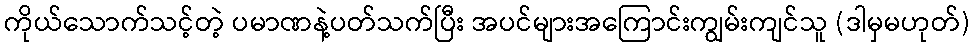
ကိုယ်သောက်သင့်တဲ့ ပမာဏနဲ့ပတ်သက်ပြီး အပင်များအကြောင်းကျွမ်းကျင်သူ (ဒါမှမဟုတ်)